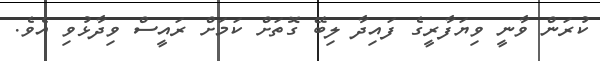
ކުރަން ވާނީ ވިޔަފާރީގެ ފައިދާ ލިބޭ ގޮތަށް ކަމަށް ރައީސް ވިދާޅުވި އެވެ.